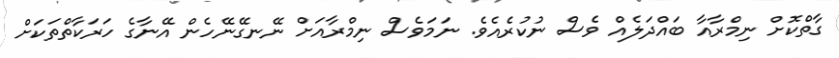
ގާތްކޮށް ނިމްރާއާ ބައްދަލެއް ވެސް ނުކުރެއެވެ. ނަމަވެސް ނިމްރާއަށް ނޭނގޭނޭހެން އޭނާގެ ހަރަކާތްތަކަށް